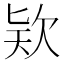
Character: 𣢸